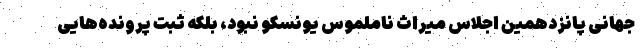
جهانی پانزدهمین اجلاس میراث ناملموس یونسکو نبود، بلکه ثبت پرونده‌هایی